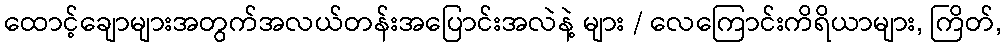
ထောင့်ချောများအတွက်အလယ်တန်းအပြောင်းအလဲနဲ့ များ / လေကြောင်းကိရိယာများ, ကြိတ်,